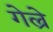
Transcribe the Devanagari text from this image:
गेल्रे